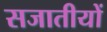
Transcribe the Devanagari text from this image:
सजातीयों